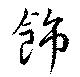
飾